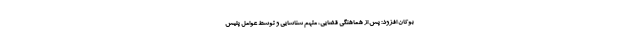
بوکان افزود: پس از هماهنگی قضایی، متهم شناسایی و توسط عوامل پلیس